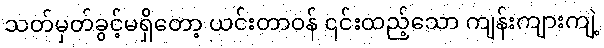
သတ်မှတ်ခွင့်မရှိတော့ ယင်းတာဝန် ၎င်းထည့်သော ကျန်းကျားကျဲ့